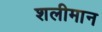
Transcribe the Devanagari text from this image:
शलीमान